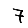
Digit: 7